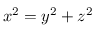
x ^ { 2 } = y ^ { 2 } + z ^ { 2 }